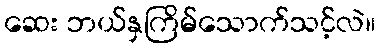
ဆေး ဘယ်နှကြိမ်သောက်သင့်လဲ။